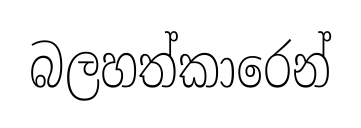
බලහත්කාරෙන්